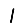
Digit: 1